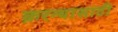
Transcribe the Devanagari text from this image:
क़रन्यासाठी